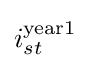
i_{st}^{{\text{year}}1}